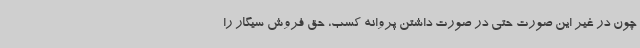
چون در غیر این صورت حتی در صورت داشتن پروانه کسب، حق فروش سیگار را